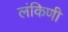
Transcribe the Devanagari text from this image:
लंकिणी